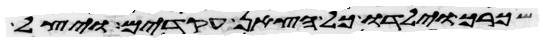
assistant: שכרך וילדו כל הצאן עקודים ויצל